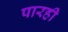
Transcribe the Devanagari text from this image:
पारही